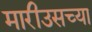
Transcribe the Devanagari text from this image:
मारीउसच्या